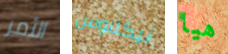
الأمر نيكلاوس هيا